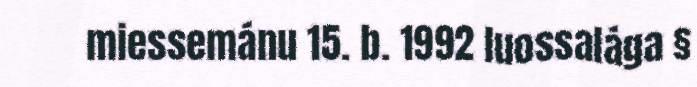
miessemánu 15. b. 1992 luossalága §